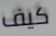
كيف